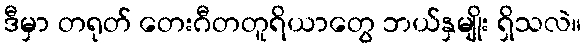
ဒီမှာ တရုတ် တေးဂီတတူရိယာတွေ ဘယ်နှမျိုး ရှိသလဲ။